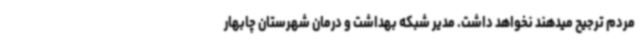
مردم ترجیح میدهند نخواهد داشت. مدیر شبکه بهداشت و درمان شهرستان چابهار